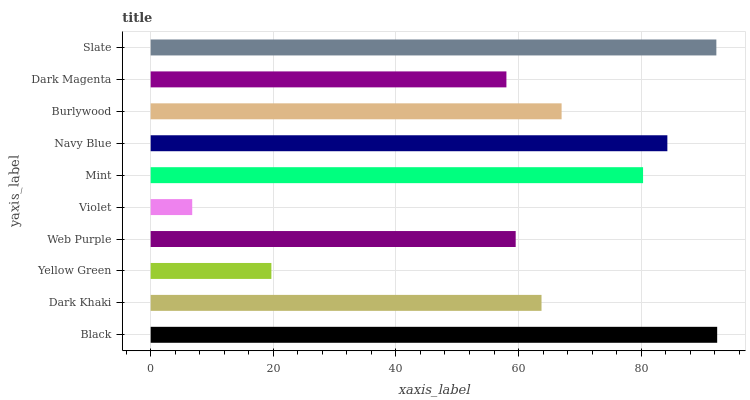
| yaxis_label | bars |
 | --- | --- |
 | Black | 92.4 |
 | Dark Khaki | 63.7 |
 | Yellow Green | 19.7 |
 | Web Purple | 59.5 |
 | Violet | 6.78 |
 | Mint | 80.3 |
 | Navy Blue | 84.3 |
 | Burlywood | 67 |
 | Dark Magenta | 58 |
 | Slate | 92.3 |